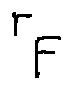
r _ { F }